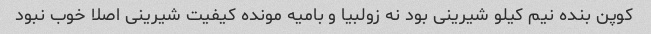
کوپن بنده نیم کیلو شیرینی بود نه زولبیا و بامیه مونده کیفیت شیرینی اصلا خوب نبود